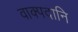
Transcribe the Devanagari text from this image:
वाक्पदानि